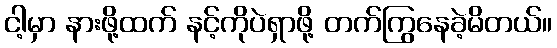
ငါ့မှာ နားဖို့ထက် နင့်ကိုပဲရှာဖို့ တက်ကြွနေခဲ့မိတယ်။